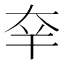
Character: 㚔